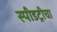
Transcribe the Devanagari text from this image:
स्पीडट्रीचा